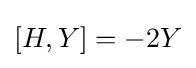
[H,Y]=-2Y